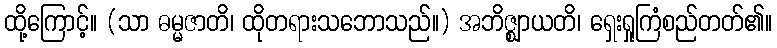
ထို့ကြောင့်။ (သာ ဓမ္မဇာတိ၊ ထိုတရားသဘောသည်။) အဘိဇ္ဈာယတိ၊ ရှေးရှုကြံစည်တတ်၏။